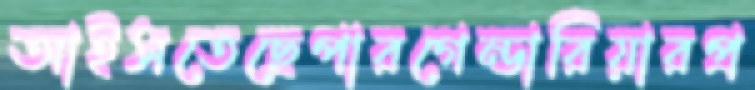
আইসতেছেপারগেন্ডারিয়ারপ্র